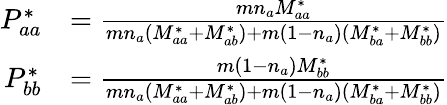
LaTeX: \begin{array}{rl}{P_{aa}^{*}}&{=\frac{mn_{a}M_{aa}^{*}}{mn_{a}(M_{aa}^{*}+M_{ab}^{*})+m(1-n_{a})(M_{ba}^{*}+M_{bb}^{*})}}\\ {P_{bb}^{*}}&{=\frac{m(1-n_{a})M_{bb}^{*}}{mn_{a}(M_{aa}^{*}+M_{ab}^{*})+m(1-n_{a})(M_{ba}^{*}+M_{bb}^{*})}}\end{array}